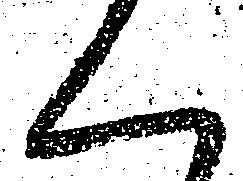
く